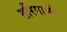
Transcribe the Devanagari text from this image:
तरियाणी